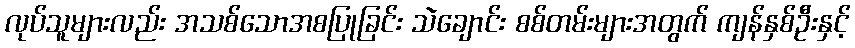
လုပ်သူများလည်း အသစ်သောအစပြုခြင်း သဲချောင်း စစ်တမ်းများအတွက် ကျန်နှစ်ဦးနှင့်